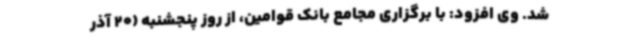
شد. وی افزود: با برگزاری مجامع بانک قوامین، از روز پنجشنبه (20 آذر